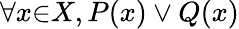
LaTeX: \forall{x}{\in}X,P(x)\lor Q(x)